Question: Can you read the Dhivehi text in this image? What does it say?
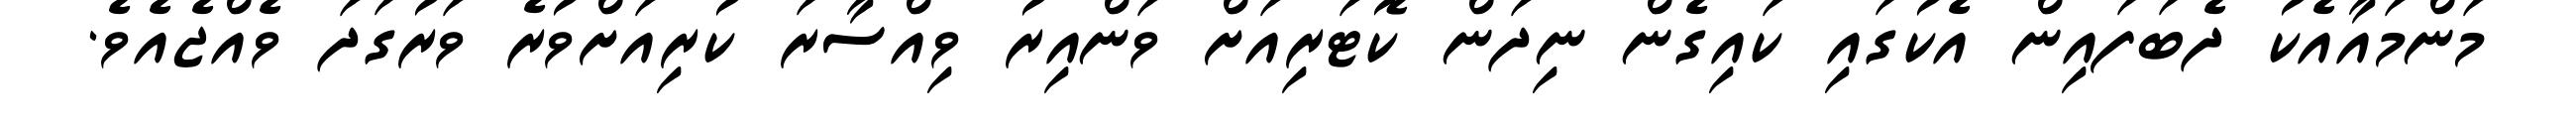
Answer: މަންމައާއެކު ދެބަފައިން އެކުގައި ކައިގެން ނިދަން ކޮޓަރިއަށް ވަންއިރު ވިއްސާރަ ކުރިއަށްވުރެ ވަރުގަދަ ވެއްޖެއެވެ.